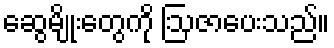
ဆွေမျိုးတွေကို ဩဇာပေးသည်။